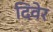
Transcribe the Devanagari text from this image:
दिवेर